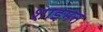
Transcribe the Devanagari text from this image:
शाइमन